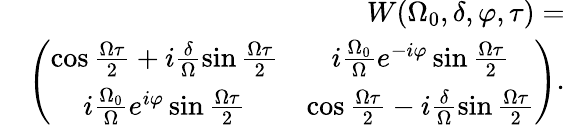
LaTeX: \begin{array}{r}{W(\Omega_{0},\delta,\varphi,\tau)=}\\ {\quad\left(\begin{array}{cc}{\cos{\frac{\Omega\tau}{2}}+i\frac{\delta}{\Omega}\sin{\frac{\Omega\tau}{2}}}&{i\frac{\Omega_{0}}{\Omega}e^{-i\varphi}\sin{\frac{\Omega\tau}{2}}}\\ {i\frac{\Omega_{0}}{\Omega}e^{i\varphi}\sin{\frac{\Omega\tau}{2}}}&{\cos{\frac{\Omega\tau}{2}}-i\frac{\delta}{\Omega}\sin{\frac{\Omega\tau}{2}}}\end{array}\right).}\end{array}